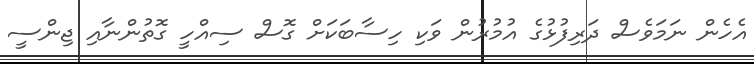
އެހެން ނަމަވެސް ދަރިފުޅުގެ އުމުރުން ވަކި ހިސާބަކަށް ގޮސް ސިއްހީ ގޮތުންނާއި ޖިންސީ